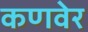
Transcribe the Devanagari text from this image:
कणवेर